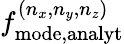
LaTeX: f_{\mathrm{mode,analyt}}^{(n_{x},n_{y},n_{z})}